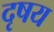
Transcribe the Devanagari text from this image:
दृषय